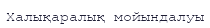
Халықаралық мойындалуы